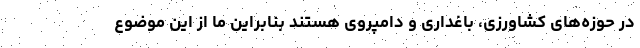
در حوزه‌های کشاورزی، باغداری و دامپروی هستند بنابراین ما از این موضوع